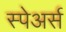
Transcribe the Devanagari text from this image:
स्पेअर्स